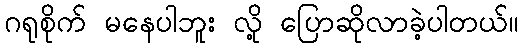
ဂရုစိုက် မနေပါဘူး လို့ ပြောဆိုလာခဲ့ပါတယ်။